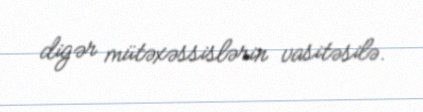
digər mütəxəssislərin vasitəsilə.